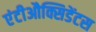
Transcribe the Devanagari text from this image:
एंटीऔक्सिडेंटस